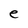
Character: e